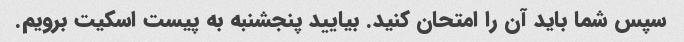
سپس شما باید آن را امتحان کنید. بیایید پنجشنبه به پیست اسکیت برویم.